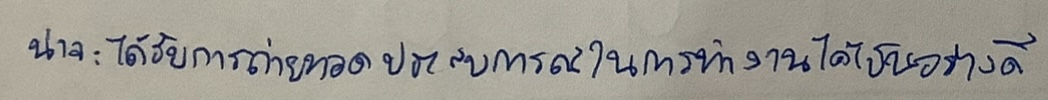
น่าจะได้รับการถ่ายทอดประสบการณ์ในการทำงานได้เป็นอย่างดี